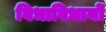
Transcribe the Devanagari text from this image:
विधाविधानों